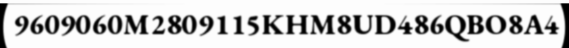
9609060M2809115KHM8UD486QBO8A4